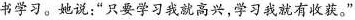
书学习。她说：”只要学习我就高兴，学习我就有收获。